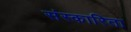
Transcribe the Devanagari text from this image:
संस्कारिता